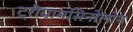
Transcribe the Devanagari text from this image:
ट्रीयामसिनोलोन